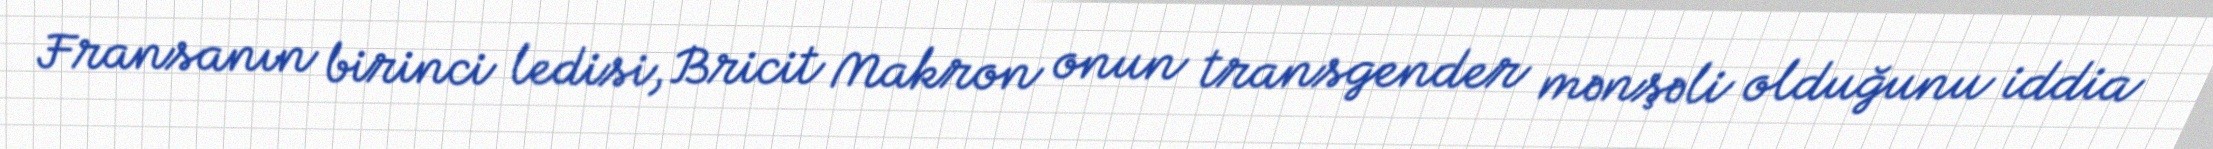
Fransanın birinci ledisi, Bricit Makron onun transgender mənşəli olduğunu iddia